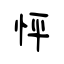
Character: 怦